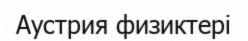
Аустрия физиктері